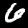
Label: 6